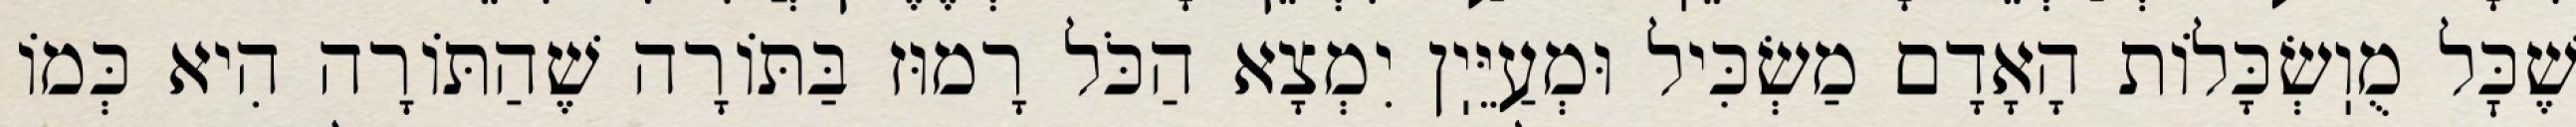
שֶׁכׇּל מֻוֽשְׂכָּלוֹת הָאָדָם מַשְׂכִּיל וּמְעַיֵּיֽן יִמְצָא הַכֹּל רָמוּז בַּתּוֹרָה שֶׁהַתּוֹרָה הִיא כְּמוֹ